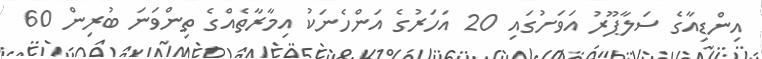
އިންޑިއާގެ ސަލާޕޫރު އަވަށުގައި 20 އަހަރުގެ އަންހެނަކު އިމާރާތެއްގެ ތިންވަނަ ބުރިން 60